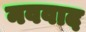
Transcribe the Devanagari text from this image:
नववाद